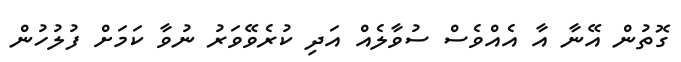
ގޮތުން އޭނާ އާ އެއްވެސް ސުވާލެއް އަދި ކުރެވޭވަރު ނުވާ ކަމަށް ފުލުހުން